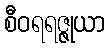
စီဝရရဇ္ဇုယာ